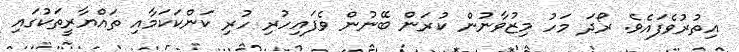
އިތުރުވެފައެވެ. ރޯދަ މަހު މިޒުވާނުން ކުރަން ބޭނުން ވެފައިހުރި ހުރި ކަންކަކަމާއި ތައްޔާރީތަކުގައި